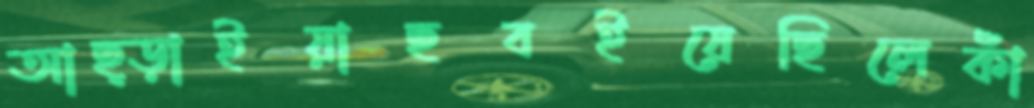
আছ্‌ড়াইয়াছবইয়েছিলেকাঁ